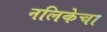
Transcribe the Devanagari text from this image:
नलिकेचा